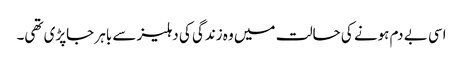
اسی بے دم ہونے کی حالت میں وہ زندگی کی دہلیز سے باہر جاپڑی تھی۔